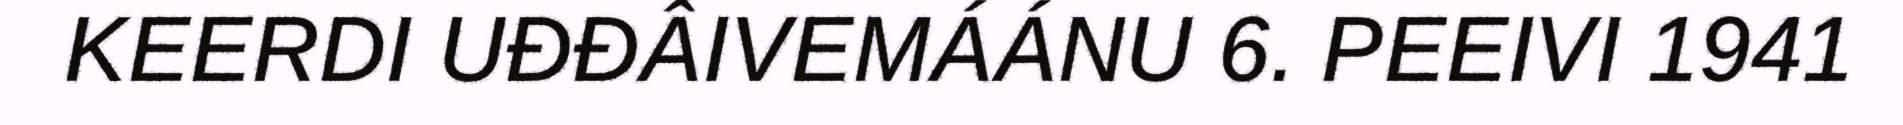
KEERDI UĐĐÂIVEMÁÁNU 6. PEEIVI 1941